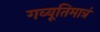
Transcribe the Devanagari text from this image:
गव्यूतिमात्रं